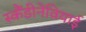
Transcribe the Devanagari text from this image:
स्कैंडीनेवियाई